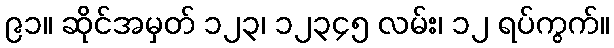
၉၁။ ဆိုင်အမှတ် ၁၂၃၊ ၁၂၃၄၅ လမ်း၊ ၁၂ ရပ်ကွက်။